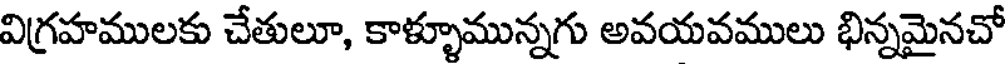
విగ్రహములకు చేతులూ, కాళ్ళూమున్నగు అవయవములు భిన్నమైనచో